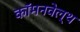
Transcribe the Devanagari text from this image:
कॉमनवेल्‍थ